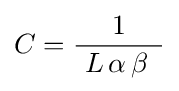
C={\frac {1}{~L\,\alpha \,\beta \,~}}